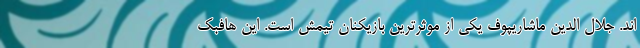
اند. جلال الدین ماشاریپوف یکی از موثرترین بازیکنان تیمش است. این هافبک